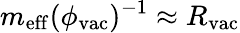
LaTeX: m_{\mathrm{eff}}(\phi_{\mathrm{vac}})^{-1}\approx R_{\mathrm{vac}}